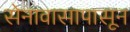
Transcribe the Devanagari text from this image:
सेनावासापासून